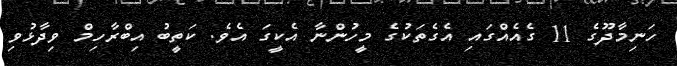
ހަނިމާދޫގެ 11 ގެއެއްގައި އެގެތަކުގެ މީހުންނާ އެކީގަ އެވެ. ކަތީބު އިބްރާހިމް ވިދާޅުވި